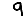
Digit: 9